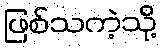
ဖြစ်သကဲ့သို့